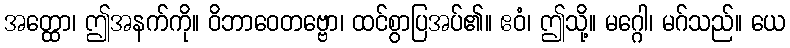
အတ္ထော၊ ဤအနက်ကို။ ဝိဘာဝေတဗ္ဗော၊ ထင်စွာပြအပ်၏။ ဧဝံ၊ ဤသို့။ မဂ္ဂေါ၊ မဂ်သည်။ ယေ